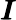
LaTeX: \pmb{I}